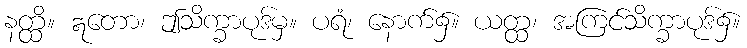
နတ္ထိ။ ဣတော၊ ဤသိက္ခာပုဒ်မှ။ ပရံ၊ နောက်၌။ ယတ္ထ၊ အကြင်သိက္ခာပုဒ်၌။